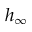
h _ { \infty }